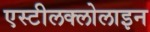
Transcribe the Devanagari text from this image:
एस्टीलक्लोलाइन